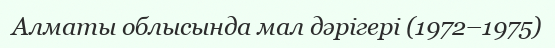
Алматы облысында мал дәрігері (1972–1975)